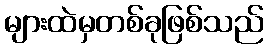
များထဲမှတစ်ခုဖြစ်သည်